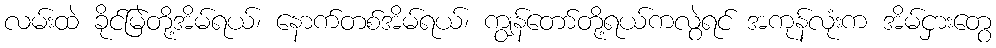
လမ်းထဲ ခိုင်မြဲတို့အိမ်ရယ်၊ နောက်တစ်အိမ်ရယ်၊ ကျွန်တော်တို့ရယ်ကလွဲရင် အကုန်လုံးက အိမ်ငှားတွေ